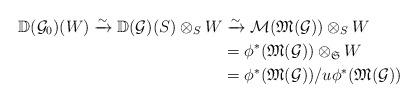
LaTeX: \begin{align*}\mathbb{D}(\mathcal{G}_0)(W)\xrightarrow{\sim}\mathbb{D}(\mathcal{G})(S)\otimes_S W&\xrightarrow{\sim}\mathcal{M}(\mathfrak{M}(\mathcal{G}))\otimes_S W\\&=\phi^*(\mathfrak{M}(\mathcal{G}))\otimes_{\mathfrak{S}} W\\&=\phi^*(\mathfrak{M}(\mathcal{G}))/u\phi^*(\mathfrak{M}(\mathcal{G}))\end{align*}